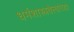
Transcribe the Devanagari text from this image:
धर्मशास्त्रवेत्त्यांच्या